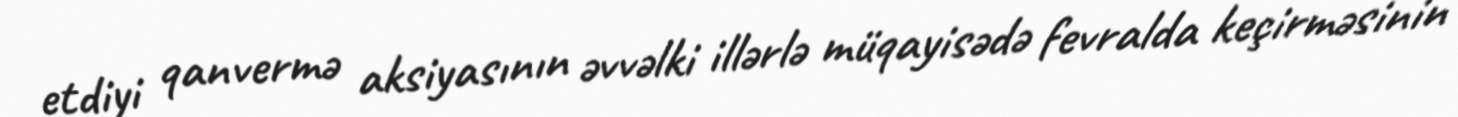
etdiyi qanvermə aksiyasının əvvəlki illərlə müqayisədə fevralda keçirməsinin